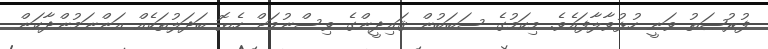
ފުރުޞަތު ވަނީ ހުޅުވާލާފައެވެ. މިކަމުގެ ސަބަބުން ޤައިދީންގެ ވިސްނުމަށް ހެޔޮ ބަދަލުތަކެއް އަންނަމުންދާކަން